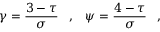
\gamma = \frac { 3 - \tau } { \sigma } \, \, \, \, \, , \, \, \, \, \, \psi = \frac { 4 - \tau } { \sigma } \, \, \, \, \, , \, \, \, \, \,